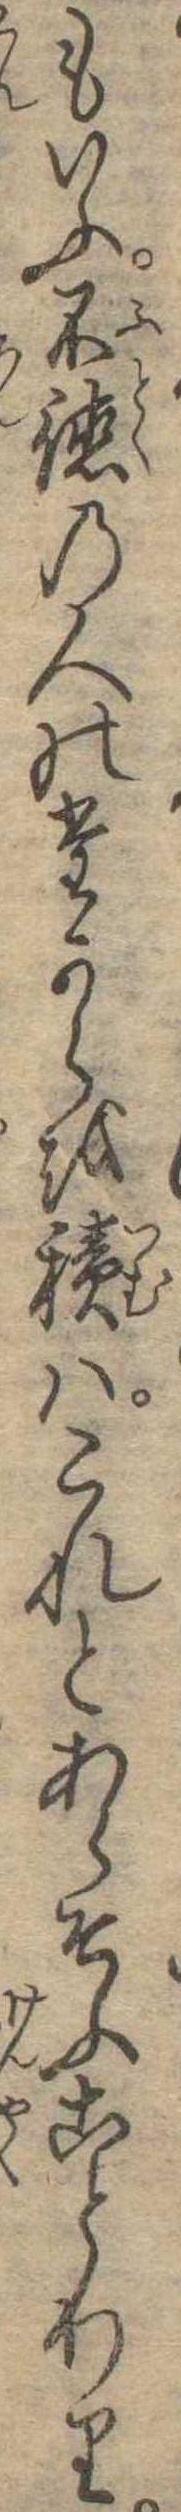
もいふ不徳の人のたからを積はこれとあらそふことわり